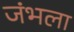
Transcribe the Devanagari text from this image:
जंभला